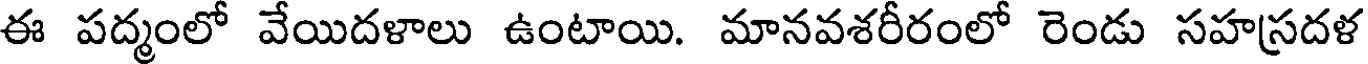
ఈ పద్మంలో వేయిదళాలు ఉంటాయి. మానవశరీరంలో రెండు సహస్రదళ